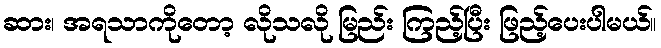
ဆား၊ အရသာကိုတော့ လိုသလို မြည်း ကြည့်ပြီး ဖြည့်ပေးပါမယ်။